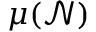
\mu ( \mathcal { N } )